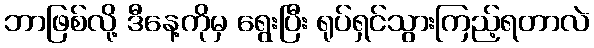
ဘာဖြစ်လို့ ဒီနေ့ကိုမှ ရွေးပြီး ရုပ်ရှင်သွားကြည့်ရတာလဲ